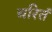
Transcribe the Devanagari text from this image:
चरितं